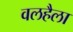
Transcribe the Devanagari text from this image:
वलहैला